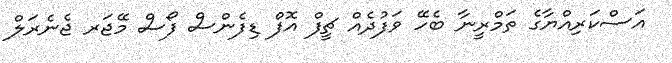
އަސްކަރިއްޔާގެ ތަމްރީނާ ބެހޭ ވަފުދެއް ޗީފް އޮފް ޑިފެންސް ފޯސް މޭޖަރ ޖެނެރަލް